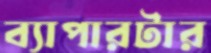
ব্যাপারটার